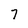
Character: 7